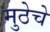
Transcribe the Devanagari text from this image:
मुठेचे